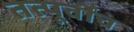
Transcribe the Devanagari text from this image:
तत्पूर्वीच